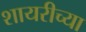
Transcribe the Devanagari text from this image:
शायरीच्या